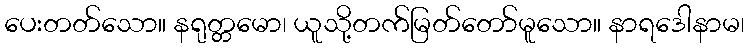
ပေးတတ်သော။ နရုတ္တမော၊ ယူသို့တက်မြတ်တော်မူသော။ နာရဒေါနာမ၊